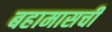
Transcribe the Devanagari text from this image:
बहामासची